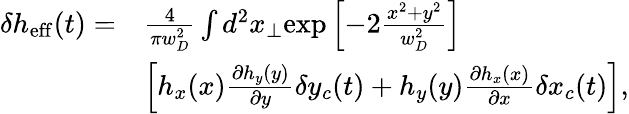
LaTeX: \begin{array}{rl}{\delta h_{\mathrm{eff}}(t)=}&{\frac{4}{\pi w_{D}^{2}}\int d^{2}x_{\perp}\mathrm{exp}\left[-2\frac{x^{2}+y^{2}}{w_{D}^{2}}\right]}\\ &{\left[h_{x}(x)\frac{\partial h_{y}(y)}{\partial y}\delta y_{c}(t)+h_{y}(y)\frac{\partial h_{x}(x)}{\partial x}\delta x_{c}(t)\right],}\end{array}